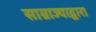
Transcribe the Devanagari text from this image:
साम्राज्याद्वारा